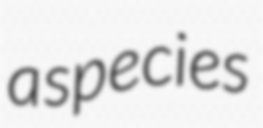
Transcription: a species